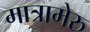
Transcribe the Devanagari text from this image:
मात्रामेरु